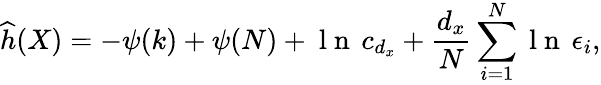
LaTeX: \widehat{h}(X)=-\psi(k)+\psi(N)+\mathrm{~l~n~}\, c_{d_{x}}+\frac{d_{x}}{N}\sum_{i=1}^{N}\mathrm{~l~n~}\, \epsilon_{i},